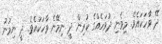
ދޭ ވާހަކައެވެ. މިވެނި ދުވަހެއްގެ ކުރިން ދީ ނިމޭނެ ވާހަކައެވެ. ދީ ނިމުނު